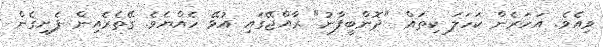
ވިއެވެ. އަހަރެން ކަހަަލަ ކިތައް "ދޮންބީފާނު" ރާއްޖޭގައި އުޅޭ ހެއްޔެވެ. ގޭތެރެއިން ފެށިގެން